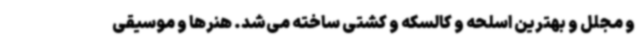
و مجلل و بهترین اسلحه و کالسکه و کشتی ساخته می‌شد. هنرها و موسیقی